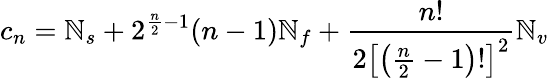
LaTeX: c_{n}=\mathbb{N}_{s}+2^{{\frac{{n}}{{2}}}-1}(n-1)\mathbb{N}_{f}+{\frac{{n!}}{{2\left[\left({\frac{{n}}{{2}}}-1\right)!\right]^{2}}}}\mathbb{N}_{v}